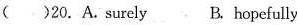
()20.A.surely B. hopefally